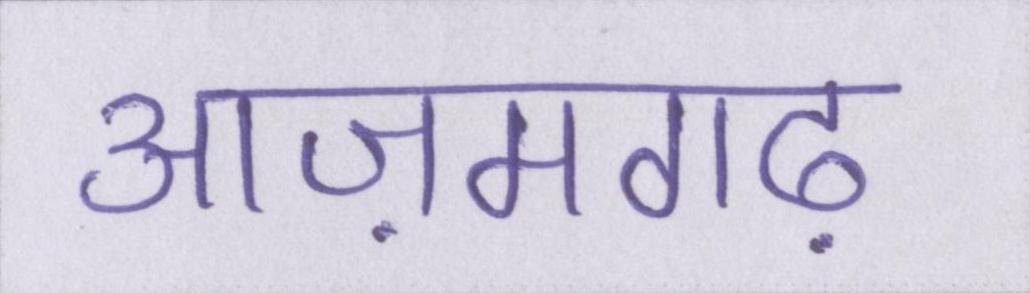
आज़मगढ़